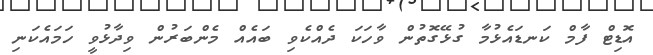
އޮޑިޓް ފާމް ކަނޑައެޅުމާ ގުޅޭގޮތުން ވާހަކަ ދެއްކެވި ބައެއް މެންބަރުން ވިދާޅުވީ ހަމައެކަނި